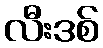
လီးဒစ်